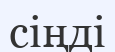
сіңді